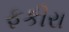
ફકીરા